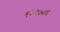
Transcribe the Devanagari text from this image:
१३९७८६